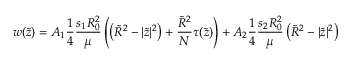
w ( \tilde { z } ) = A _ { 1 } \frac { 1 } { 4 } \frac { s _ { 1 } R _ { 0 } ^ { 2 } } { \mu } \left( \left( \tilde { R } ^ { 2 } - | \tilde { z } | ^ { 2 } \right) + \frac { \tilde { R } ^ { 2 } } { N } \tau ( \tilde { z } ) \right) + A _ { 2 } \frac { 1 } { 4 } \frac { s _ { 2 } R _ { 0 } ^ { 2 } } { \mu } \left( \tilde { R } ^ { 2 } - | \tilde { z } | ^ { 2 } \right)